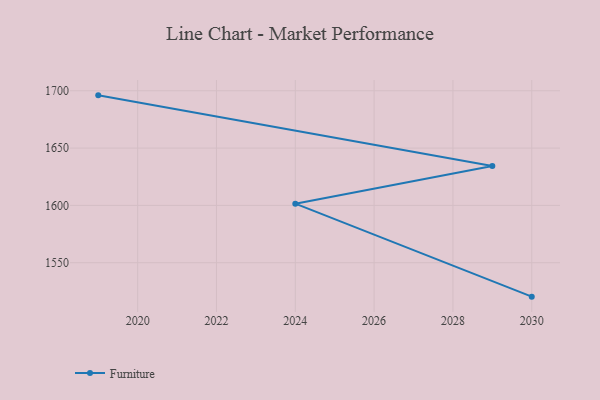
{"axis": {"x": "Year", "y": "Population (Million)"}, "legend": ["Furniture"], "data": [{"x": "2019", "y": 1696.0, "type": "Furniture"}, {"x": "2029", "y": 1634.3, "type": "Furniture"}, {"x": "2024", "y": 1601.5, "type": "Furniture"}, {"x": "2030", "y": 1520.4, "type": "Furniture"}]}